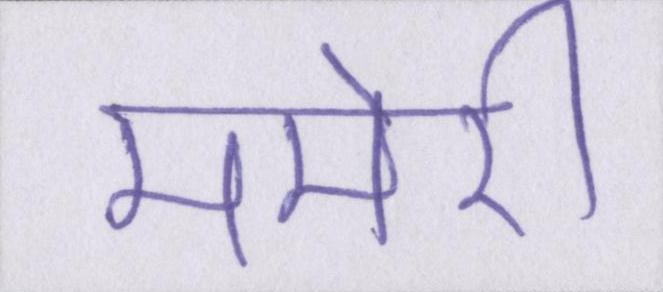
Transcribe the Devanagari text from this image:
ममेरी